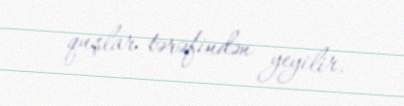
quşlar tərəfindən yeyilir.